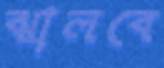
ঝালবে